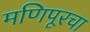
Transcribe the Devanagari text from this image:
मणिपूरचा